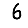
Digit: 6